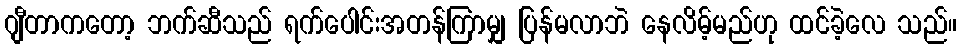
ဂျီတာကတော့ ဘက်ဆီသည် ရက်ပေါင်းအတန်ကြာမျှ ပြန်မလာဘဲ နေလိမ့်မည်ဟု ထင်ခဲ့လေ သည်။